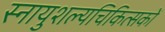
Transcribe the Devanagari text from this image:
स्नायुशल्यचिकित्सकों